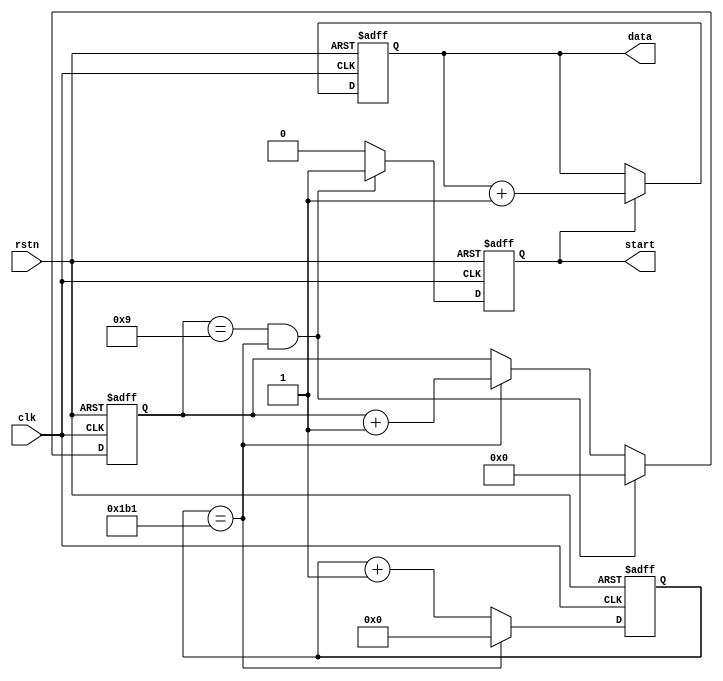
module senddata (
    clk,
    rstn,
    start,
    data
);

    input clk;
    input rstn;
    output reg start;
    output reg [7:0] data;

parameter Baut = 434;
reg [8:0]count;
always @(posedge clk or negedge rstn) begin
    if(!rstn)
        count <= 0;
    else if(count == Baut-1)
        count <= 0;
        else    count <= count +1;
end
reg [3:0] bit_cnt;
always @(posedge clk or negedge rstn) begin
    if(!rstn)
        bit_cnt <= 0;
    else if((bit_cnt == 9)&&(count == Baut-1))
        bit_cnt <= 0;
    else if(count == Baut-1)
        bit_cnt <= bit_cnt +1;
    else    bit_cnt <= bit_cnt;
end

always @(posedge clk or negedge rstn) begin
    if(!rstn)
        data <= 0;
    else if(start) data <= data +1;
    else    data <= data;
end

always @(posedge clk or negedge rstn) begin
    if(!rstn)
        start <= 0;
    else if((bit_cnt == 9)&&(count == Baut-1))
        start <= 1;
    else    start <= 0;
end
endmodule //senddata